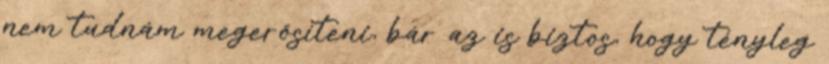
nem tudnám megerősíteni, bár az is biztos, hogy tényleg